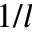
1 / l